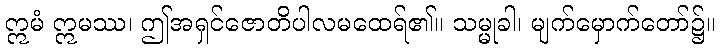
ဣမံ ဣမဿ၊ ဤအရှင်ဇောတိပါလမထေရ်၏။ သမ္မုခါ၊ မျက်မှောက်တော်၌။